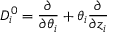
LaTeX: { \cal D } _ { i } ^ { 0 } = { \frac { \partial } { \partial \theta _ { i } } } + \theta _ { i } { \frac { \partial } { \partial z _ { i } } }